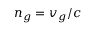
n _ { g } = v _ { g } / c